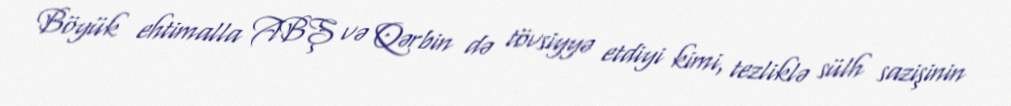
Böyük ehtimalla ABŞ və Qərbin də tövsiyyə etdiyi kimi, tezliklə sülh sazişinin